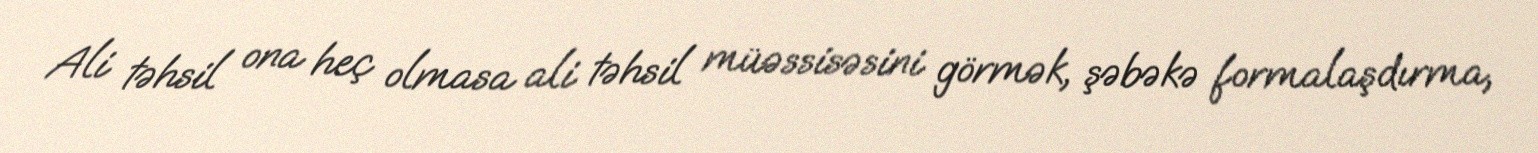
Ali təhsil ona heç olmasa ali təhsil müəssisəsini görmək, şəbəkə formalaşdırma,